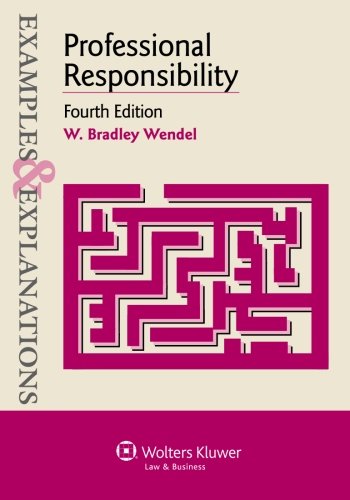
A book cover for Examples & Explanations: Professional Responsibility, Fourth Edition; W. Bradley Wendel; Law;